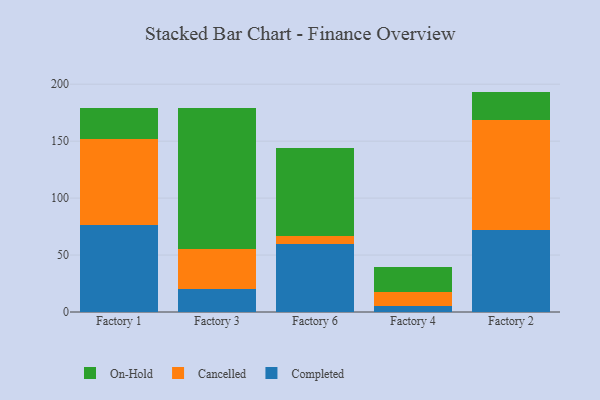
{"axis": {"x": "Factory", "y": "Satisfaction Score"}, "legend": ["Cancelled", "Completed", "On-Hold"], "data": [{"x": "Factory 1", "y": 76.1, "type": "Completed"}, {"x": "Factory 1", "y": 75.6, "type": "Cancelled"}, {"x": "Factory 1", "y": 27.8, "type": "On-Hold"}, {"x": "Factory 3", "y": 20.2, "type": "Completed"}, {"x": "Factory 3", "y": 35.5, "type": "Cancelled"}, {"x": "Factory 3", "y": 123.4, "type": "On-Hold"}, {"x": "Factory 6", "y": 59.9, "type": "Completed"}, {"x": "Factory 6", "y": 7.0, "type": "Cancelled"}, {"x": "Factory 6", "y": 77.5, "type": "On-Hold"}, {"x": "Factory 4", "y": 5.1, "type": "Completed"}, {"x": "Factory 4", "y": 12.5, "type": "Cancelled"}, {"x": "Factory 4", "y": 22.1, "type": "On-Hold"}, {"x": "Factory 2", "y": 72.3, "type": "Completed"}, {"x": "Factory 2", "y": 96.1, "type": "Cancelled"}, {"x": "Factory 2", "y": 25.1, "type": "On-Hold"}]}